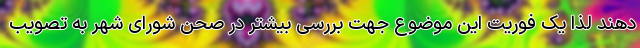
دهند لذا یک فوریت این موضوع جهت بررسی بیشتر در صحن شورای شهر به تصویب